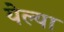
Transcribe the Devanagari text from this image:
येल्या